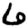
Digit: 6